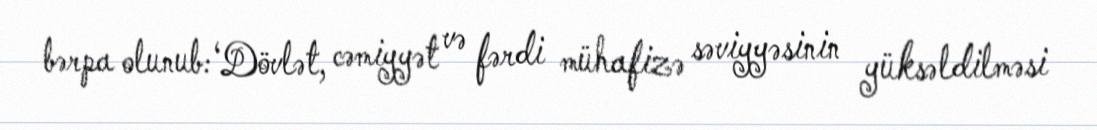
bərpa olunub: ‘Dövlət, cəmiyyət və fərdi mühafizə səviyyəsinin yüksəldilməsi